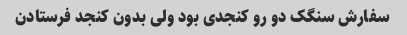
سفارش سنگک دو رو کنجدی بود ولی بدون کنجد فرستادن